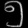
Digit: ၅